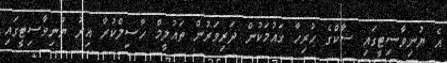
އެ ޔުނިވާސިޓީގައި ސާކްގެ ހުރިހާ ގައުމަކުން ދަރިވަރުން ތައުލީމް ހާސިލްކުރާ އިރު ޔުނިވާސިޓީގައި